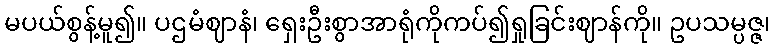
မပယ်စွန့်မူ၍။ ပဌမံဈာနံ၊ ရှေးဦးစွာအာရုံကိုကပ်၍ရှုခြင်းဈာန်ကို။ ဥပသမ္ပဇ္ဇ၊